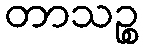
တာသဉ္စ